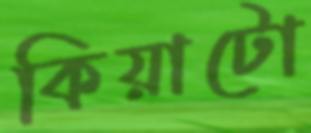
কিয়াটো